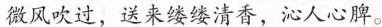
微风吹过，送来缕缕清香，沁人心脾。